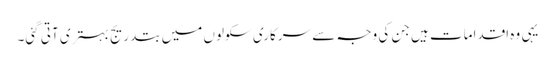
یہی وہ اقدامات ہیں جن کی وجہ سے سرکاری سکولوں میں بتدریج بہتری آتی گئی۔